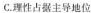
C.理性占据主导地位